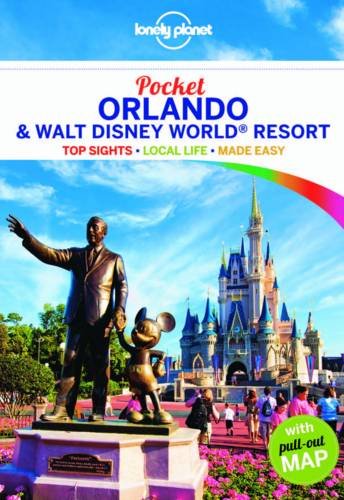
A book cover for Lonely Planet Pocket Orlando & Walt Disney WorldÂ® Resort (Travel Guide); Lonely Planet; Travel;